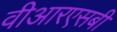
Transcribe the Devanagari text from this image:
वीआरएसबी